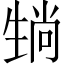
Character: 𪽄